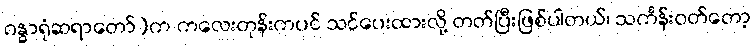
ဂန္ဓာရုံဆရာတော်)က ကလေးတုန်းကပင် သင်ပေးထားလို့ တတ်ပြီးဖြစ်ပါတယ်၊ သင်္ကန်းဝတ်တော့